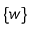
\{ w \}